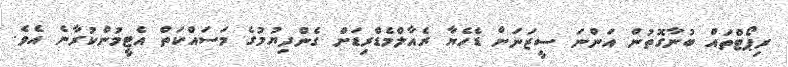
ރިޕޯޓްތައް ބުނާގޮތުން އަންނަ ސީޒަނަށް ޑެހެޔާ ރެއާލްމެޑްރިޑަށް ގެންދިޔުމުގެ މަސައްކަތް އެޓީމުންކުރާނެ އެވެ.